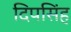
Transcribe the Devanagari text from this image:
दिपसिंह